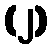
(၂)